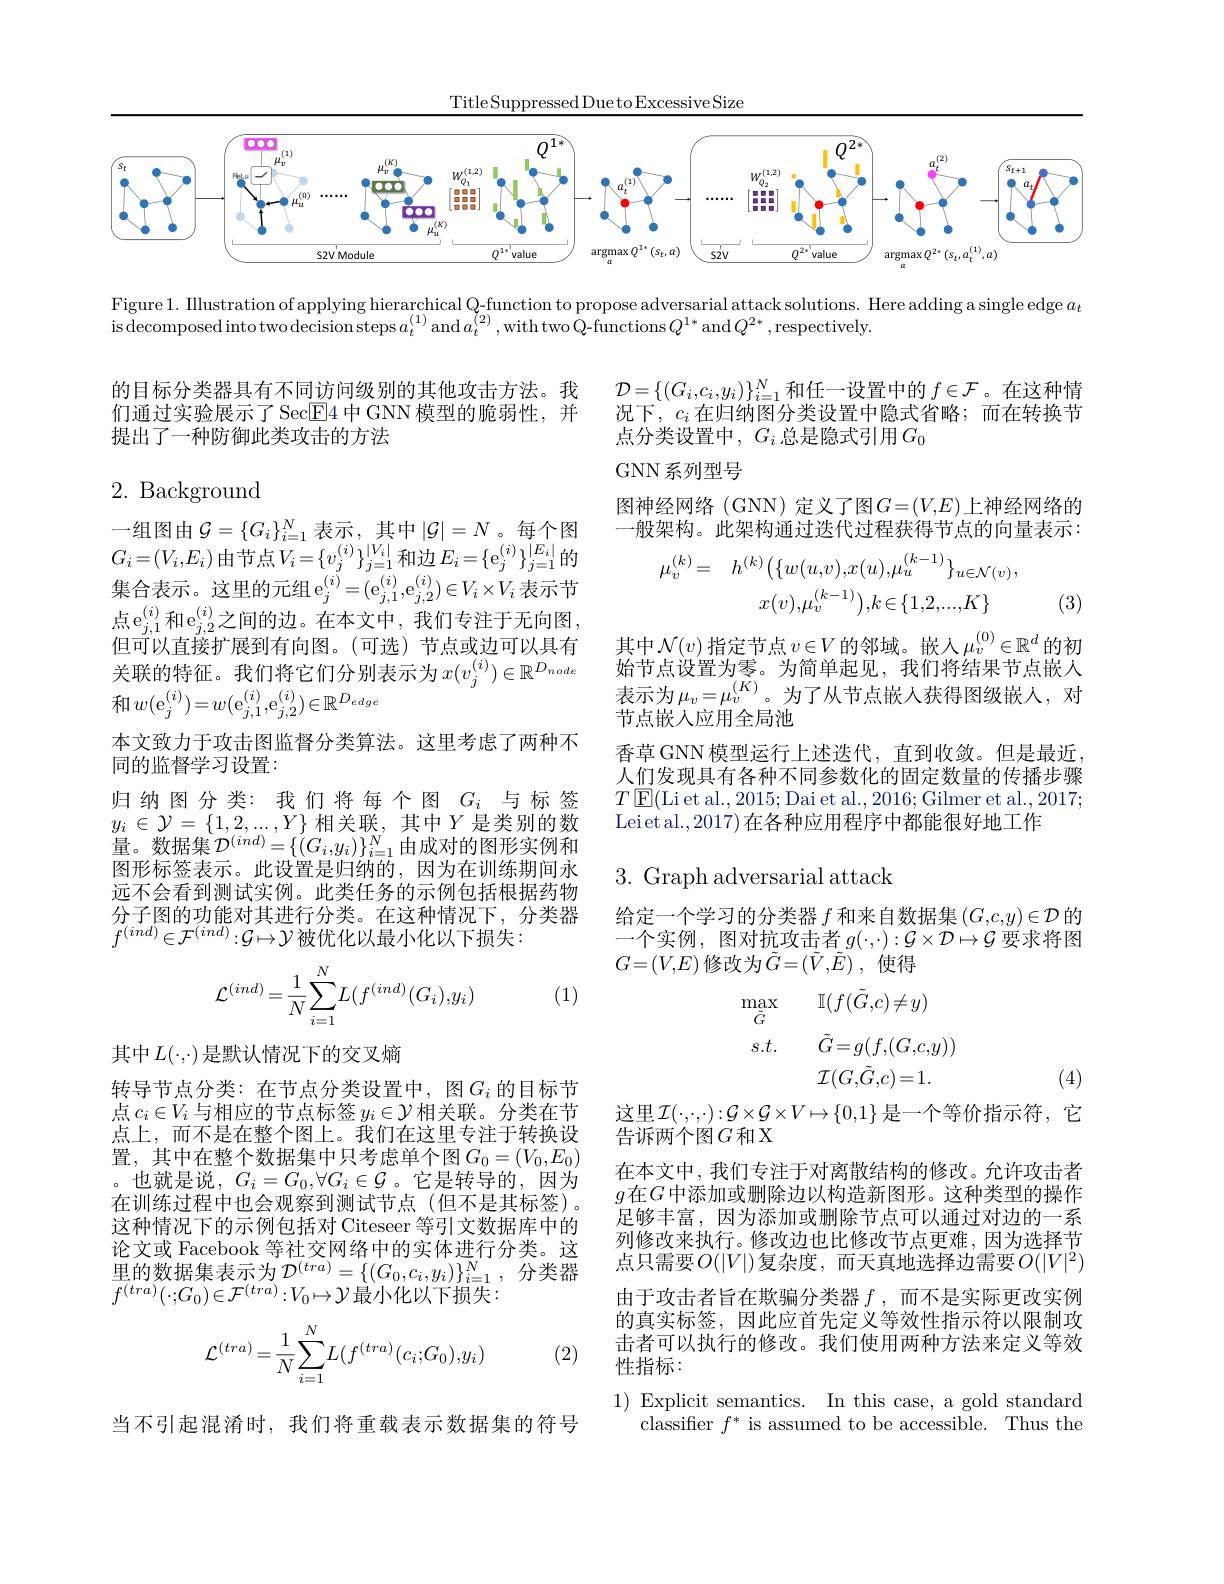
TitleSuppressedDuetoExcessiveSize

<FigureHere>

Figure 1. Illustration of applying hierarchical Q-function to propose adversarial attack solutions. Here adding a single edge $a_t$
$\begin{array}{c}{\text{is decomposed into two decision steps}a_{t}^{(1)}\mathrm{~and~}a_{t}^{(2)},\mathrm{~with~two~Q-functions}Q^{1*}\mathrm{~and~}Q^{2*},\mathrm{respectively.}}\end{array}$

的目标分类器具有不同访问级别的其他攻击方法。我们通过实验展示了Sec$\boxed{\mathrm{E}}4$中GNN模型的脆弱性，并提出了一种防御此类攻击的方法

$\mathcal{D}=\{(G_i,c_i,y_i)\}_{i=1}^N$和任一设置中的 $f\in\mathcal{F}$。在这种情况下，$c_i$在归纳图分类设置中隐式省略；而在转换节点分类设置中，$G_i$ 总是隐式引用$G_0$

## GNN系列型号

## 2.Background

图神经网络(GNN)定义了图$G=(V,E)$上神经网络的一般架构。此架构通过迭代过程获得节点的向量表示：
$$\mu_{v}^{(k)}=\quad h^{(k)}\big(\{w(u,v),x(u),\mu_{u}^{(k-1)}\}_{u\in\mathcal{N}(v)},\\x(v),\mu_{v}^{(k-1)}\big),k\in\{1,2,...,K\}$$
(3)

其中$\mathcal{N}(v)$指定节点$v\in V$的邻域。嵌人$\mu_v^(0)\in\mathbb{R}^d$的初始节点设置为零。为简单起见，我们将结果节点嵌人表示为$\mu_v=\mu_v^{(K)}$。为了从节点嵌人获得图级嵌人，对节点嵌人应用全局池
香草 GNN 模型运行上述迭代，直到收敛。但是最近， 人们发现具有各种不同参数化的固定数量的传播步骤$T$ $\underline {{\mathrm{E} }}($Li et al., 2015; Dai et al., 2016; Gilmer et al., 2017; Leiet al.,2017)在各种应用程序中都能很好地工作

一组图由$\mathcal{G}=\{G_i\}_i=1^N$表示，其中$|\mathcal{G}|=N$。每个图$G_{i}=(V_{i},E_{i})$由节点$V_i=\{v_{j}^{(i)}\}_{j=1}^{|V_{i}|}$和边$E_i=\{\mathrm{e}_{j}^{(i)}\}_{j=1}^{|E_{i}|}$的集合表示。这里的元组$\mathrm e_j^{(i)}=(\mathrm e_{j,1}^{(i)},\mathrm e_{j,2}^{(i)})\in V_i\times V_i$ 表示节点$\mathrm{e}_{j,1}^{(i)}$和$\mathrm{e}_{j,2}^{(i)}$之间的边。在本文中，我们专注于无向图， 但可以直接扩展到有向图。(可选)节点或边可以具有关联的特征。我们将它们分别表示为$x(v_j^{(i)})\in\mathbb{R}^{D_{node}}$ 和$w(\mathrm{e}_j^{(i)})=w(\mathrm{e}_{j,1}^{(i)},\mathrm{e}_{j,2}^{(i)})\in\mathbb{R}^{D_{edge}}$
本文致力于攻击图监督分类算法。这里考虑了两种不
同的监督学习设置：
归纳图分类：我们将每个图$G_i$与标签$y_i\in\mathcal{Y}=\{1,2,\ldots,Y\}$ 相关联，其中$Y$ 是类别的数量。数据集 $\mathcal{D}^(ind)=\{(G_{i},y_{i})\}_{i=1}^{N}$由成对的图形实例和图形标签表示。此设置是归纳的，因为在训练期间永远不会看到测试实例。此类任务的示例包括根据药物分子图的功能对其进行分类。在这种情况下，分类器$f^{(ind)}\in\mathcal{F}^{(ind)}:\mathcal{G}\mapsto\mathcal{Y}$被优化以最小化以下损失：

3.Graph adversarial attack

给定一个学习的分类器$f$和来自数据集$(G,c,y)\in\mathcal{D}$的一个实例，图对抗攻击者$g(\cdot,\cdot):\mathcal{G}\times\mathcal{D}\mapsto\mathcal{G}$要求将图$G=(V,E)$修改为$\tilde{G} = ( \tilde{V} , \tilde{E} )$ ,使得

(1)
$$\mathcal{L}^{(ind)}=\frac{1}{N}\sum_{i=1}^{N}L(f^{(ind)}(G_{i}),y_{i})$$
$$\begin{aligned}\max_{\tilde{G}}&\mathbb{I}(f(\tilde{G},c)\neq y)\\s.t.&\tilde{G}=g(f,(G,c,y))\\&\mathcal{I}(G,\tilde{G},c)=1.\end{aligned}$$
(4)

这里$\mathcal{I}(\cdot,\cdot,\cdot):\mathcal{G}\times\mathcal{G}\times V\mapsto\{0,1\}$ 是一个等价指示符，它
告诉两个图$G$和X

其中$L(\cdot,\cdot)$是默认情况下的交叉熵
转导节点分类：在节点分类设置中，图$G_i$的目标节点$c_i\in V_i$与相应的节点标签$y_i\in\mathcal{Y}$相关联。分类在节点上，而不是在整个图上。我们在这里专注于转换设置，其中在整个数据集中只考虑单个图$G_0=(V_0,E_0)$ 。也就是说，$G_i=G_0,\forall G_i\in\mathcal{G}$。它是转导的，因为在训练过程中也会观察到测试节点 (但不是其标签)。这种情况下的示例包括对 Citeseer 等引文数据库中的论文或 Facebook 等社交网络中的实体进行分类。这里的数据集表示为$\mathcal{D}^(tra)=\{(G_0,c_i,y_i)\}_{i=1}^N$,分类器$f^{(tra)}(\cdot;G_0)\in\mathcal{F}^{(tra)}:V_0\mapsto\mathcal{Y}$最小化以下损失：

在本文中，我们专注于对离散结构的修改。允许攻击者$g$在$G$中添加或删除边以构造新图形。这种类型的操作足够丰富，因为添加或删除节点可以通过对边的一系列修改来执行。修改边也比修改节点更难，因为选择节点只需要$O(|V|)$复杂度，而天真地选择边需要$O(|V|^2)$ 由于攻击者旨在欺骗分类器$f$,而不是实际更改实例的真实标签，因此应首先定义等效性指示符以限制攻击者可以执行的修改。我们使用两种方法来定义等效性指标：
$$\mathcal{L}^{(tra)}=\dfrac{1}{N}\sum_{i=1}^{N}L(f^{(tra)}(c_i;G_0),y_i)$$
(2)

1) Explicit semantics. In this case, a gold standard
$\bar{\text{classifier }f^*\text{ is assumed to be accessible.}}$Thus the

当不引起混淆时，我们将重载表示数据集的符号